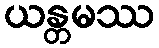
ယန္တမဿ